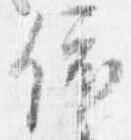
依